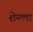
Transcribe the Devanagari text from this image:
शेयला